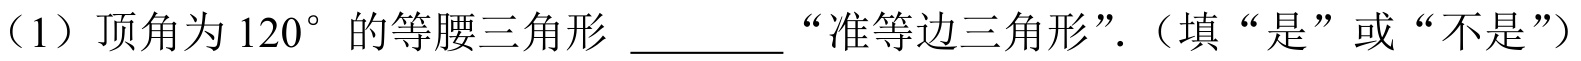
（1）顶角为\(120^{\circ}\)的等腰三角形  “准等边三角形”.（填“是”或“不是”）